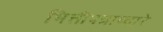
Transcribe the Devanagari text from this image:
भित्तीपत्राव्दारे